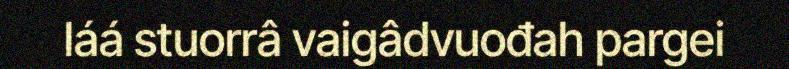
láá stuorrâ vaigâdvuođah pargei